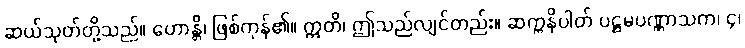
ဆယ်သုတ်တို့သည်။ ဟောန္တိ၊ ဖြစ်ကုန်၏။ ဣတိ၊ ဤသည်လျင်တည်း။ ဆက္ကနိပါတ် ပဋ္ဌမပဏ္ဏာသက၊ ၄၊